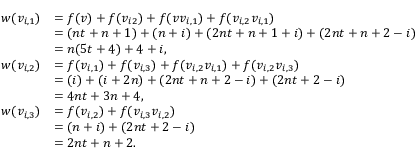
\begin{array} { r l } { w ( v _ { i , 1 } ) } & { = f ( v ) + f ( v _ { i 2 } ) + f ( v v _ { i , 1 } ) + f ( v _ { i , 2 } v _ { i , 1 } ) } \\ & { = ( n t + n + 1 ) + ( n + i ) + ( 2 n t + n + 1 + i ) + ( 2 n t + n + 2 - i ) } \\ & { = n ( 5 t + 4 ) + 4 + i , } \\ { w ( v _ { i , 2 } ) } & { = f ( v _ { i , 1 } ) + f ( v _ { i , 3 } ) + f ( v _ { i , 2 } v _ { i , 1 } ) + f ( v _ { i , 2 } v _ { i , 3 } ) } \\ & { = ( i ) + ( i + 2 n ) + ( 2 n t + n + 2 - i ) + ( 2 n t + 2 - i ) } \\ & { = 4 n t + 3 n + 4 , } \\ { w ( v _ { i , 3 } ) } & { = f ( v _ { i , 2 } ) + f ( v _ { i , 3 } v _ { i , 2 } ) } \\ & { = ( n + i ) + ( 2 n t + 2 - i ) } \\ & { = 2 n t + n + 2 . } \end{array}